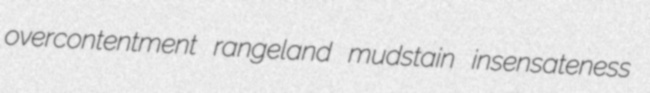
overcontentment rangeland mudstain insensateness